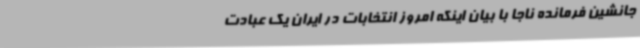
جانشین فرمانده ناجا با بیان اینکه امروز انتخابات در ایران یک عبادت